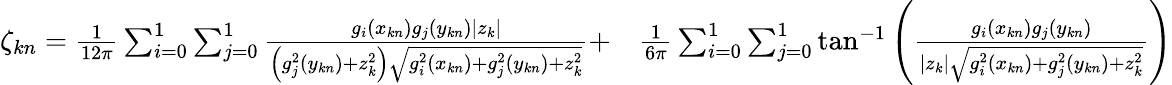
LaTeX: \begin{array}{rl}{\zeta_{kn}=\frac{1}{12\pi}\sum_{i=0}^{1}{\sum_{j=0}^{1}{\frac{g_{i}\left(x_{kn}\right)g_{j}\left(y_{kn}\right)\left|z_{k}\right|}{\left(g_{j}^{2}\left(y_{kn}\right)+z_{k}^{2}\right)\sqrt{g_{i}^{2}\left(x_{kn}\right)+g_{j}^{2}\left(y_{kn}\right)+z_{k}^{2}}}}}+}&{\frac{1}{6\pi}\sum_{i=0}^{1}{\sum_{j=0}^{1}{\tan^{-1}\left(\frac{g_{i}\left(x_{kn}\right)g_{j}\left(y_{kn}\right)}{\left|z_{k}\right|\sqrt{g_{i}^{2}\left(x_{kn}\right)+g_{j}^{2}\left(y_{kn}\right)+z_{k}^{2}}}\right)}}}\end{array}